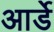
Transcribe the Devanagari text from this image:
आर्डे